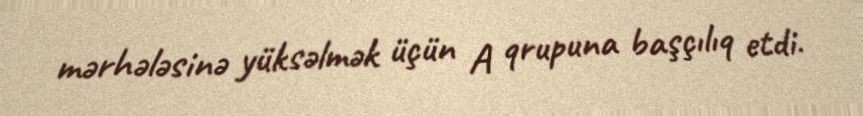
mərhələsinə yüksəlmək üçün A qrupuna başçılıq etdi.